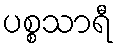
ပစ္စသာရီ